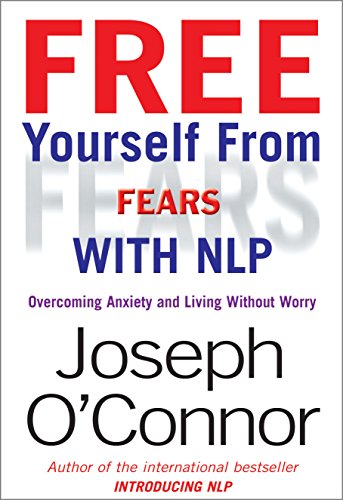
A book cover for Free Yourself from Fears: Overcoming Anxiety and Living Without Worry; Joseph O'Connor; Self-Help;